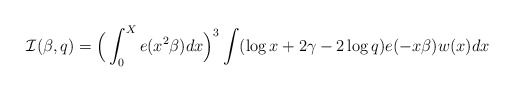
\begin{align*}\mathcal{I}(\beta,q)=\Big(\int_0^X e(x^2\beta)dx\Big)^3\int(\log x+2\gamma-2\log q)e(-x\beta)w(x)dx\end{align*}